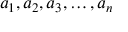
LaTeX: a _ { 1 } , a _ { 2 } , a _ { 3 } , \ldots , a _ { n }